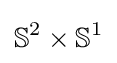
\mathbb {S} ^{2}\times \mathbb {S} ^{1}